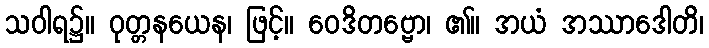
သဝါရ၌။ ဝုတ္တနယေန၊ ဖြင့်။ ဝေဒိတဗ္ဗော၊ ၏။ အယံ အဿာဒေါတိ၊